Plague in India, 1896, 1897 - Volume 2
Year: 1896
Disease focus: Plague
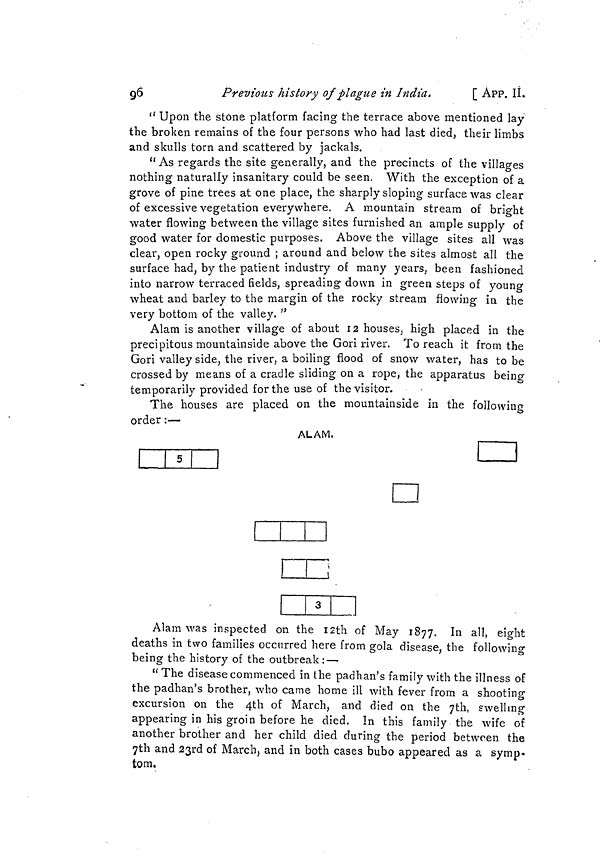
96
Previous history of plague in India.
[ APP. IL
"Upon the stone platform facing the terrace above mentioned lay
the broken remains of the four persons who had last died, their limbs
and skulls torn and scattered by jackals.
"As regards the site generally, and the precincts of the villages
nothing naturally insanitary could be seen. With the exception of a
grove of pine trees at one place, the sharply sloping surface was clear
of excessive vegetation everywhere. A mountain stream of bright
water flowing between the village sites furnished an ample supply of
good water for domestic purposes. Above the village sites all was
clear, open rocky ground ; around and below the sites almost all the
surface had, by the patient industry of many years, been fashioned
into narrow terraced fields, spreading down in green steps of young
wheat and barley to the margin of the rocky stream flowing in the
very bottom of the valley."
Alam is another village of about 12 houses, high placed in the
precipitous mountainside above the Gori river. To reach it from the
Gori valley side, the river, a boiling flood of snow water, has to be
crossed by means of a cradle sliding on a rope, the apparatus being
temporarily provided for the use of the visitor.
The houses are placed on the mountainside in the following
order :—
ALAM.
Alain was inspected on the 12th of May 1877. In all, eight
deaths in two families occurred here from gola disease, the following
being the history of the outbreak: —
"The disease commenced in the padhan's family with the illness of
the padhan's brother, who came home ill with fever from a shooting
excursion on the 4th of March, and died on the 7th, swelling
appearing in his groin before he died. In this family the wife of
another brother and her child died during the period between the
7th and 23rd of March, and in both cases bubo appeared as a symp-
tom.